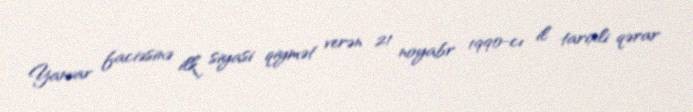
Yanvar faciəsinə ilk siyasi qiymət verən 21 noyabr 1990-cı il tarixli qərar